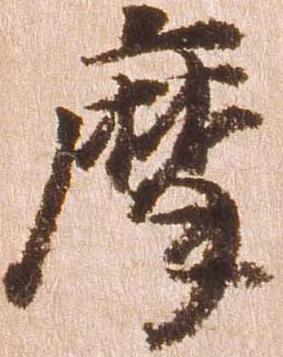
摩